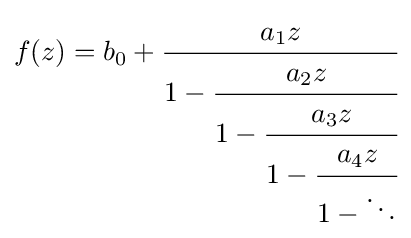
f(z)=b_{0}+{\cfrac {a_{1}z}{1-{\cfrac {a_{2}z}{1-{\cfrac {a_{3}z}{1-{\cfrac {a_{4}z}{1-\ddots }}}}}}}}